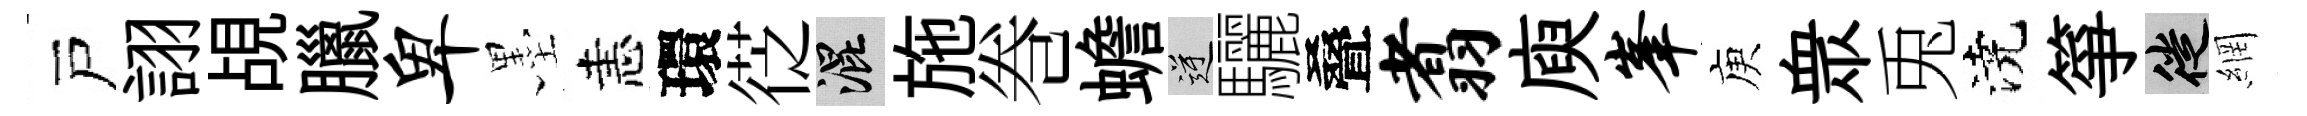
戸詡覘臘卑墨恚環徔混施巻蟾逆驪叠翥庾峰庾衆兎澆箏徙網